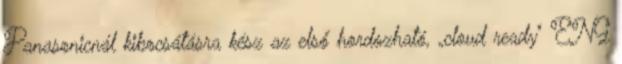
Panasonicnál kibocsátásra kész az első hordozható, „cloud ready" ENG